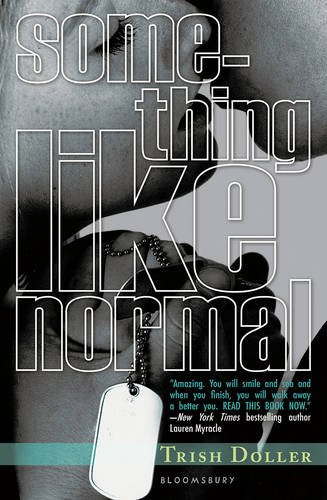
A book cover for Something Like Normal; Trish Doller; Teen & Young Adult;